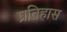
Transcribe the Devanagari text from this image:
प्रतिहास